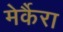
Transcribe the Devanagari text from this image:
मेर्कैरा